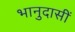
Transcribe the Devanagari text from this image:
भानुदासीं